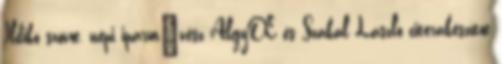
Ildikó szövœ, népi iparmıvész AlgyŒ és Szakál László citerakészítœ